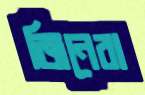
জিনেরা